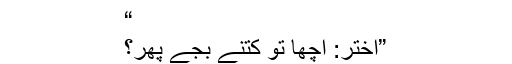
“
”اختر: اچھا تو کتنے بجے پھر؟